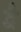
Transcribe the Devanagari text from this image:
द्वेै